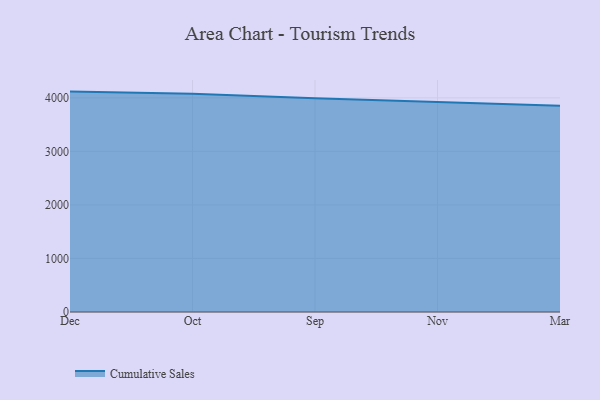
{"axis": {"x": "Month", "y": "Humidity (%)"}, "legend": ["Cumulative Sales"], "data": [{"x": "Dec", "y": 4117.0, "type": "Cumulative Sales"}, {"x": "Oct", "y": 4076.5, "type": "Cumulative Sales"}, {"x": "Sep", "y": 3990.5, "type": "Cumulative Sales"}, {"x": "Nov", "y": 3917.9, "type": "Cumulative Sales"}, {"x": "Mar", "y": 3852.0, "type": "Cumulative Sales"}]}